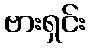
ဗားရှင်း